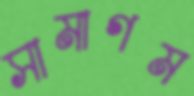
সামাগম